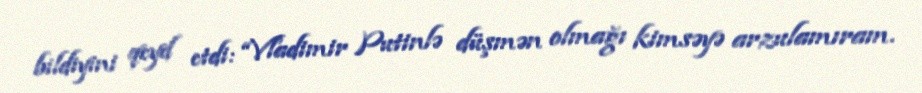
bildiyini qeyd etdi: “Vladimir Putinlə düşmən olmağı kimsəyə arzulamıram.